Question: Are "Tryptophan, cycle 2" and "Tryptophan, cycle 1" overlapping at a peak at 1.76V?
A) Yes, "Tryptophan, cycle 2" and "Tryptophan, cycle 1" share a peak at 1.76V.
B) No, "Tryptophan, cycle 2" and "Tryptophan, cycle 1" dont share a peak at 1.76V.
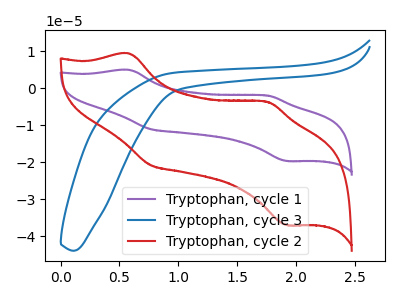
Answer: <think>The purple curve "Tryptophan, cycle 1" has anodic peaks at (0.60V, 5.05uA) (1.75V, -1.95uA) and cathodic peaks at (0.75V, -11.00uA) (1.95V, -19.70uA). The blue curve "Tryptophan, cycle 3" has no peaks. The red curve "Tryptophan, cycle 2" has anodic peaks at (0.60V, 9.50uA) (1.75V, -3.65uA) and cathodic peaks at (0.75V, -20.75uA) (1.95V, -37.05uA).</think>
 <answer>A) Yes, "Tryptophan, cycle 2" and "Tryptophan, cycle 1" share a peak at 1.76V.</answer>
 <eval>A</eval>